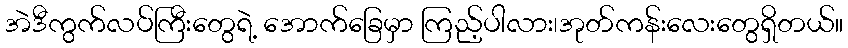
အဲဒီကွက်လပ်ကြီးတွေရဲ့ အောက်ခြေမှာ ကြည့်ပါလား၊အုတ်ကန်းလေးတွေရှိတယ်။